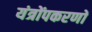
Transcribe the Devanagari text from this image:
यंत्रोंपकरणों